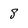
Character: 8